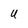
Character: U